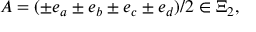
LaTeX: A = ( \pm e _ { a } \pm e _ { b } \pm e _ { c } \pm e _ { d } ) / 2 \in \Xi _ { 2 } ,